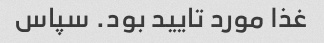
غذا مورد تایید بود. سپاس